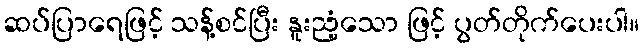
ဆပ်ပြာရေဖြင့် သန့်စင်ပြီး နူးညံ့သော ဖြင့် ပွတ်တိုက်ပေးပါ။